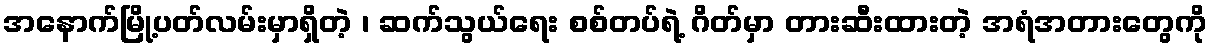
အနောက်မြို့ပတ်လမ်းမှာရှိတဲ့ ၊ ဆက်သွယ်ရေး စစ်တပ်ရဲ့ ဂိတ်မှာ တားဆီးထားတဲ့ အရံအတားတွေကို